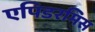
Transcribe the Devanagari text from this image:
एपिडरमिस